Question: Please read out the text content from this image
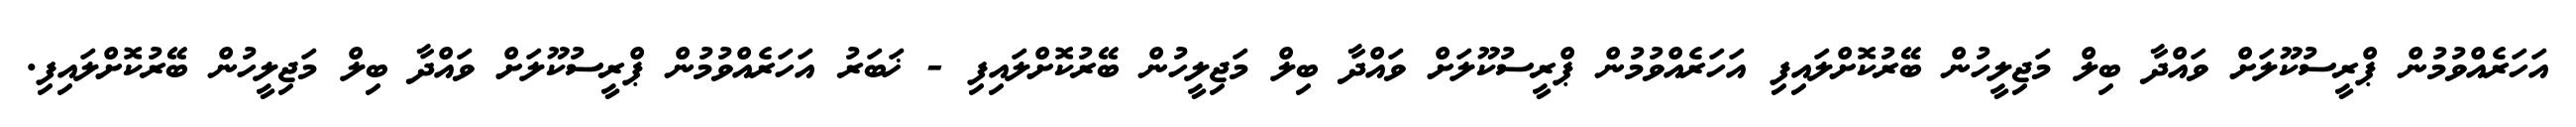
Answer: އަހަރެއްވުމުން ޕްރީސުކޫލަށް ވައްދާ ބިލް މަޖިލީހުން ބޭރުކޮށްލައިފި އަހަރެއްވުމުން ޕްރީސުކޫލަށް ވައްދާ ބިލް މަޖިލީހުން ބޭރުކޮށްލައިފި - ޚަބަރު އަހަރެއްވުމުން ޕްރީސުކޫލަށް ވައްދާ ބިލް މަޖިލީހުން ބޭރުކޮށްލައިފި.